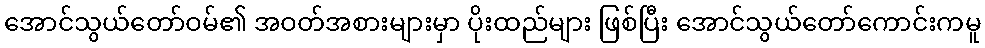
အောင်သွယ်တော်ဝမ်၏ အဝတ်အစားများမှာ ပိုးထည်များ ဖြစ်ပြီး အောင်သွယ်တော်ကောင်းကမူ